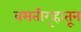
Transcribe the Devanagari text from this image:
वसतीगृहातून